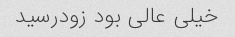
خیلی عالی بود زودرسید